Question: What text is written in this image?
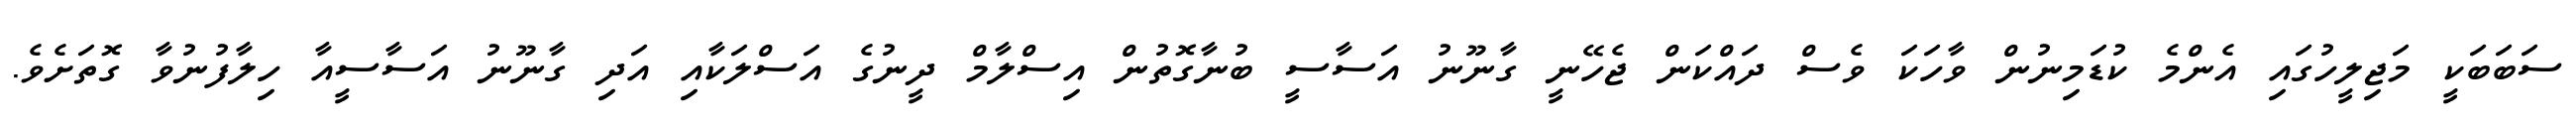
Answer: ސަބަބަކީ މަޖިލީހުގައި އެންމެ ކުޑަމިނުން ވާހަކަ ވެސް ދައްކަން ޖެހޭނީ ގާނޫނު އަސާސީ ބުނާގޮތުން އިސްލާމް ދީނުގެ އަސްލަކާއި އަދި ގާނޫނު އަސާސީއާ ހިލާފުނުވާ ގޮތަށެވެ.